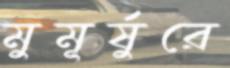
মুমূর্ষুরে